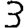
Digit: 3